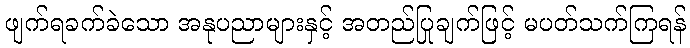
ဖျက်ရခက်ခဲသော အနုပညာများနှင့် အတည်ပြုချက်ဖြင့် မပတ်သက်ကြရန်